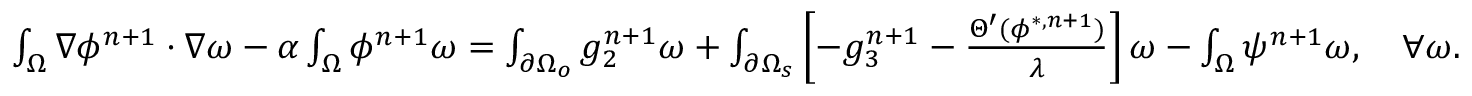
\begin{array} { r l } { \small } & { \int _ { \Omega } \nabla \phi ^ { n + 1 } \cdot \nabla \omega - \alpha \int _ { \Omega } \phi ^ { n + 1 } \omega = \int _ { \partial \Omega _ { o } } g _ { 2 } ^ { n + 1 } \omega + \int _ { \partial \Omega _ { s } } \left[ - g _ { 3 } ^ { n + 1 } - \frac { \Theta ^ { \prime } ( \phi ^ { * , n + 1 } ) } { \lambda } \right] \omega - \int _ { \Omega } \psi ^ { n + 1 } \omega , \quad \forall \omega . } \end{array}